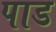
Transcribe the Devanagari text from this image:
पाड